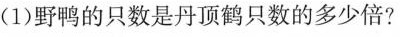
（1）野鸡的只数是丹顶鹤只数的多少倍？